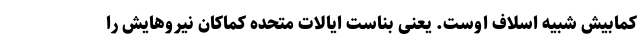
کمابیش شبیه اسلاف اوست. یعنی بناست ایالات متحده کماکان نیروهایش را